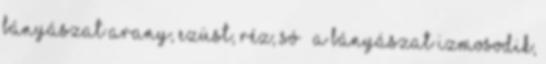
bányászat arany, ezüst, réz, só – a bányászat izmosodik,